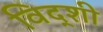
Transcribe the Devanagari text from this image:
विद्शी